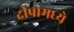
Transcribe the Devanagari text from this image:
दीपांमध्ये